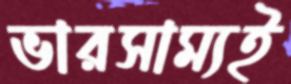
ভারসাম্যই